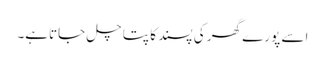
اسے پورے گھر کی پسند کا پتا چل جاتاہے۔